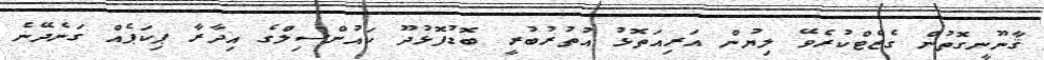
ޤާނޫނީގޮތުން ގެޒެޓްކުރެވޭ ލިޔުން އަރިއަތޮޅު އުތުރުބުރީ ބޮޑުފޮޅުދޫ ކައުންސިލްގެ އިދާރާ ޕިކަޕެއް ގަނެދޭނެ